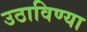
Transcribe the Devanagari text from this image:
उठाविण्या